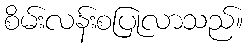
စိမ်းလန်းစပြုလာသည်။